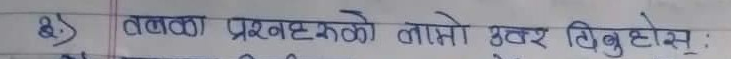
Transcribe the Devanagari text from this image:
४) तलका प्रश्नहरूको लामो उत्तर दिनुहोस :